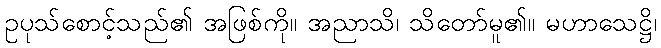
ဥပုသ်စောင့်သည်၏ အဖြစ်ကို။ အညာသိ၊ သိတော်မူ၏။ မဟာသေဋ္ဌိ၊